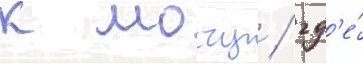
к мосту / гд'е́